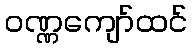
ဝဏ္ဏကျော်ထင်